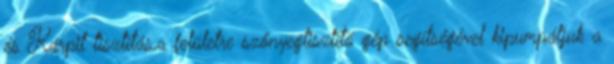
és Kárpit tisztítás,a felületre szőnyegtisztító gép segítségével kipumpáljuk a